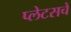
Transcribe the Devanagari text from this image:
प्लेटसचे